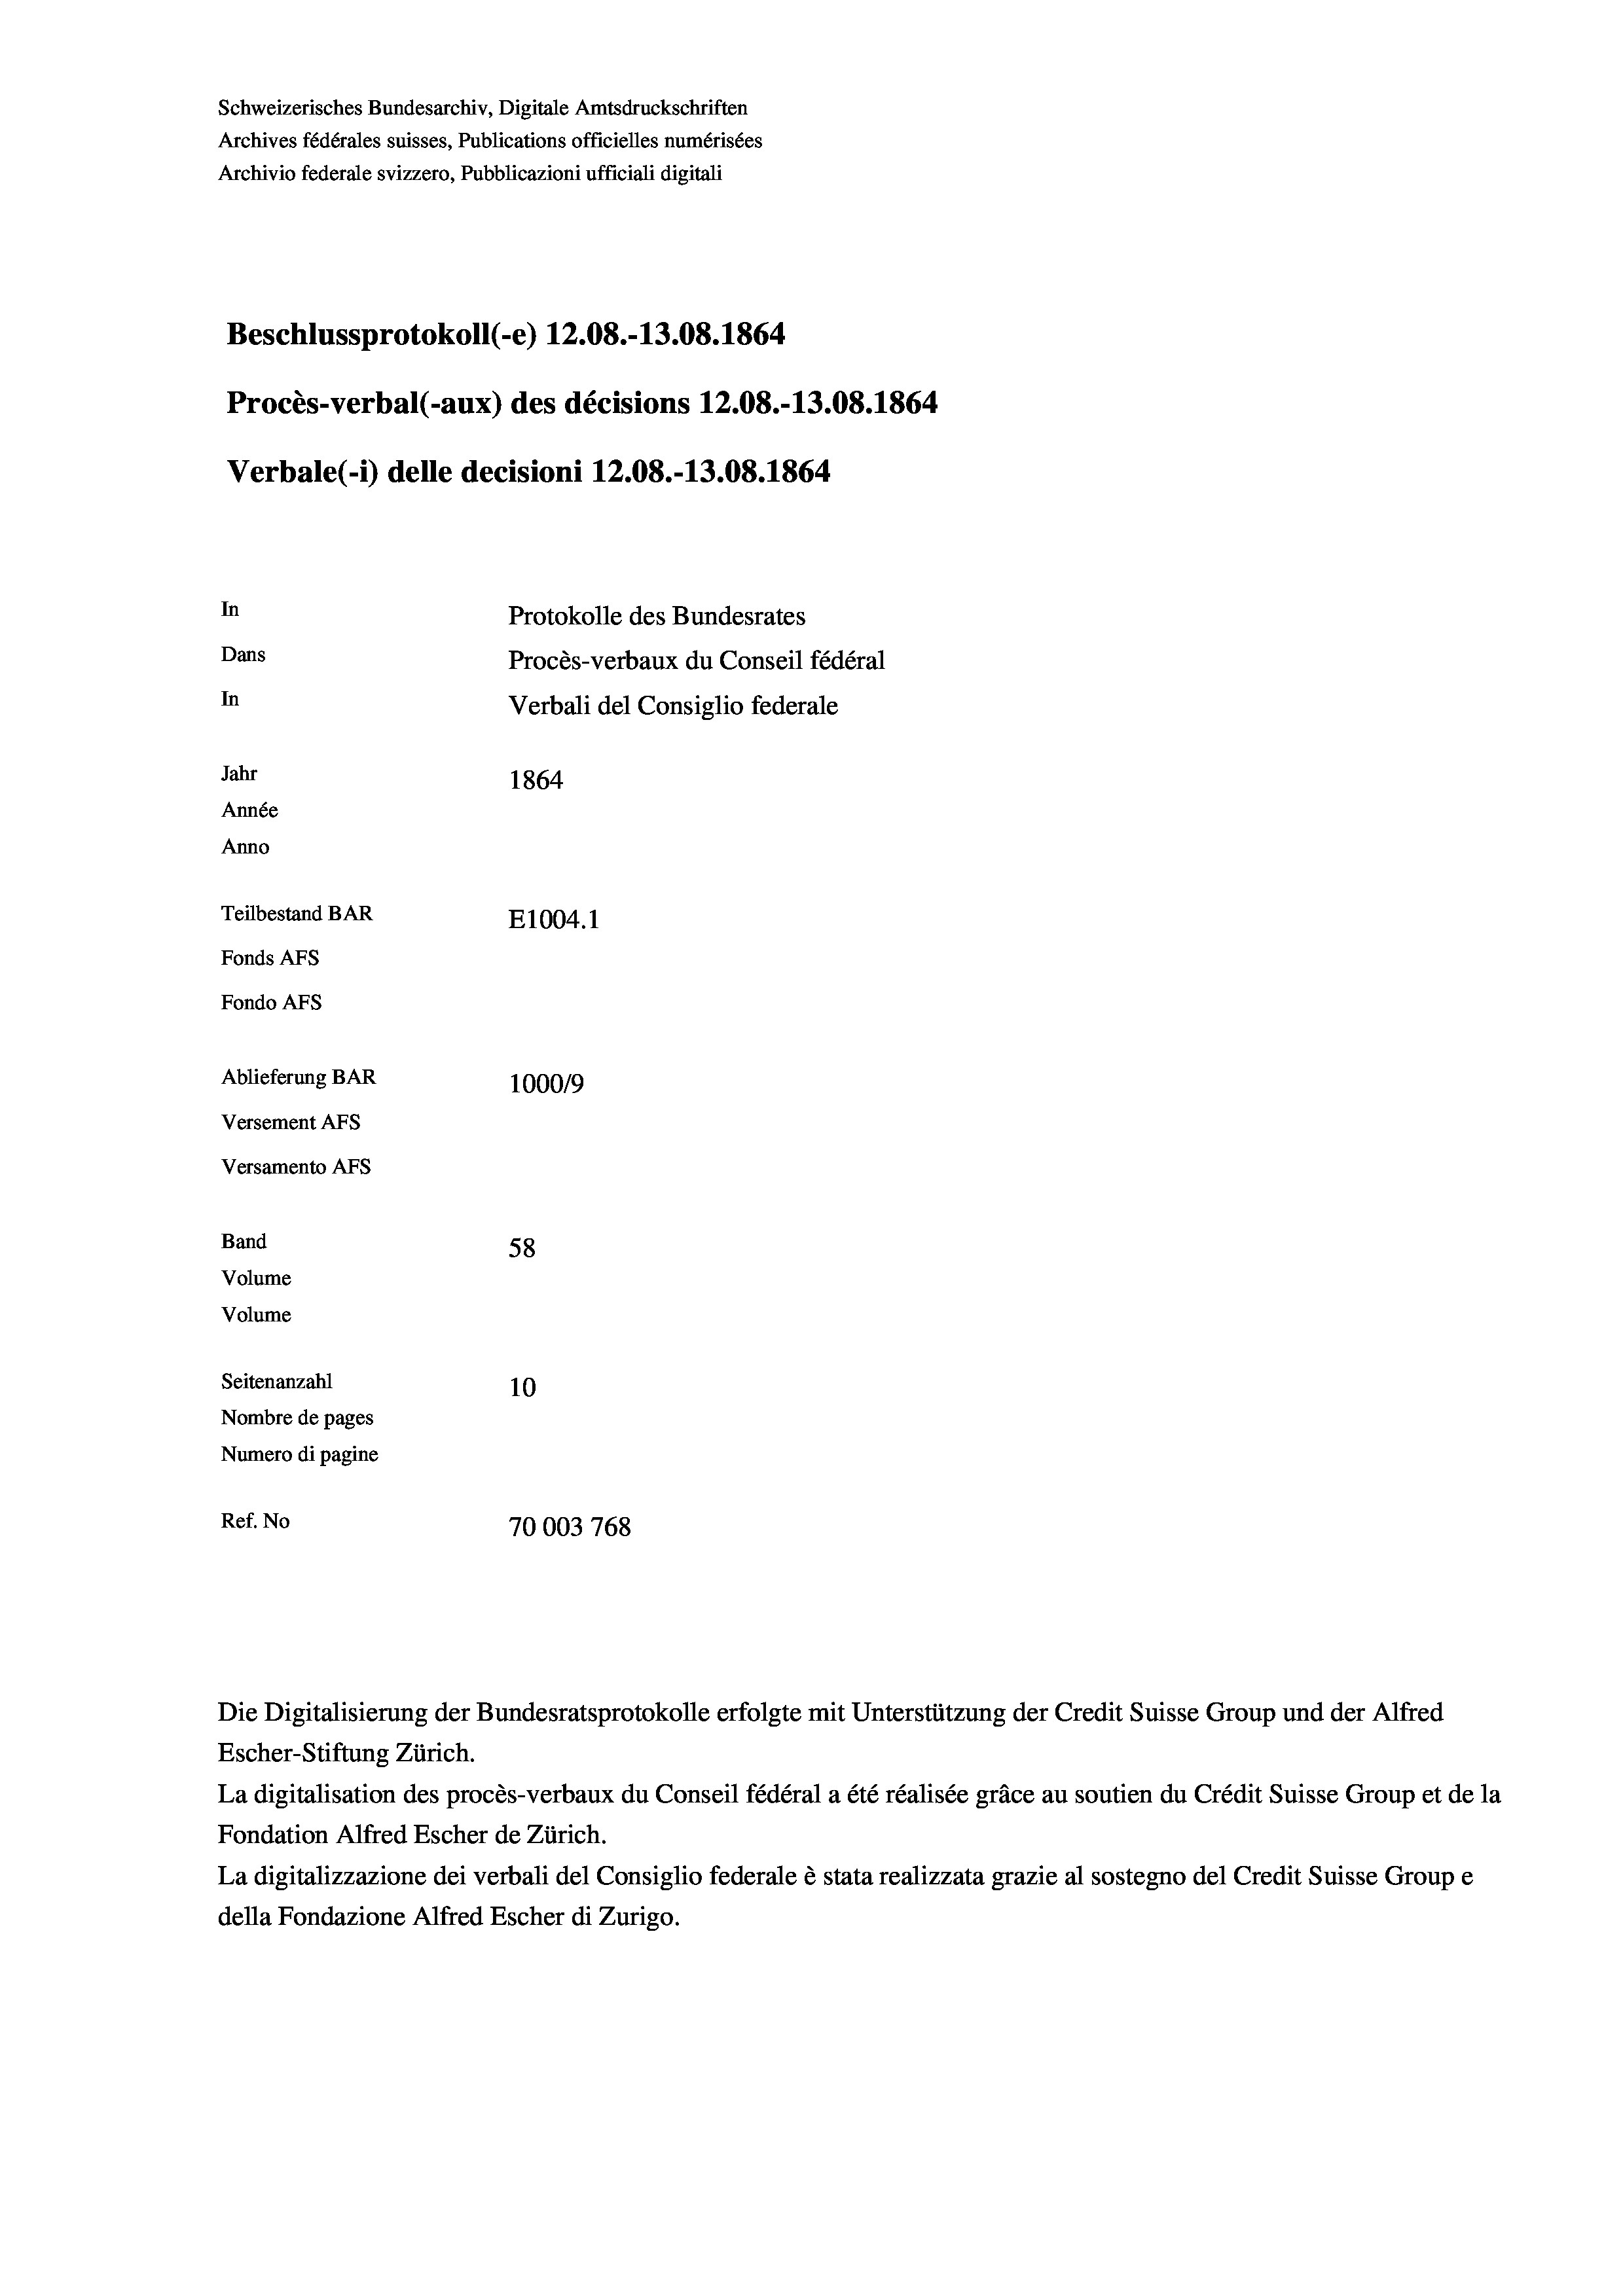
Schweizerisches Bundesarchiv, Digitale Amtsdruckschriften
Archives fédérales suisses, Publications officielles numérisées
Archivio federale svizzero, Pubblicazioni ufficiali digitali
Beschlussprotokoll (-e) 12.08.-13.08. 1864
Procès-verbal (-aux) des décisions 12.08.-13.08. 1864
Verbale (- 1) delle decisioni 12.08.-13.08. 1864
In
Protokolle des Bundesrates
Dans
Procès-verbaux du Conseil fédéral
In
Verbali del Consiglio federale
Jahr
1864
Année
Anno
Teilbestand BAR
E1004.1
Fonds AFs
Fondo Afs
Ablieferung BAR
100019
Versement AFs

Versamento Afs
Band
Volume
Volume

58
Seitenanzahl
10
Nombre de pages
Numero di pagine
Ref. No
70003 768

Escher-Stiftung Zürich.
La digitalisation des procès-verbaux du Conseil fédéral a été réalisée gräce au soutien du Crédit Suisse Group et de la
Fondation Alfred Escher de Zürich.
La digitalizzazione dei verbali del Consiglio federale è stata realizzata grazie al sostegno del Credit Suisse Groupe
della Fondazione Alfred Escher di Zurigo.

Die Digitalisierung der Bundesratsprotokolle erfolgte mit Unterstützung der Credit Suisse Group und der Alfred